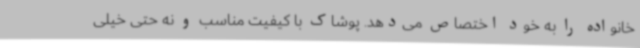
خانواده را به خود اختصاص می‌دهد. پوشاک با کیفیت مناسب و نه حتی خیلی